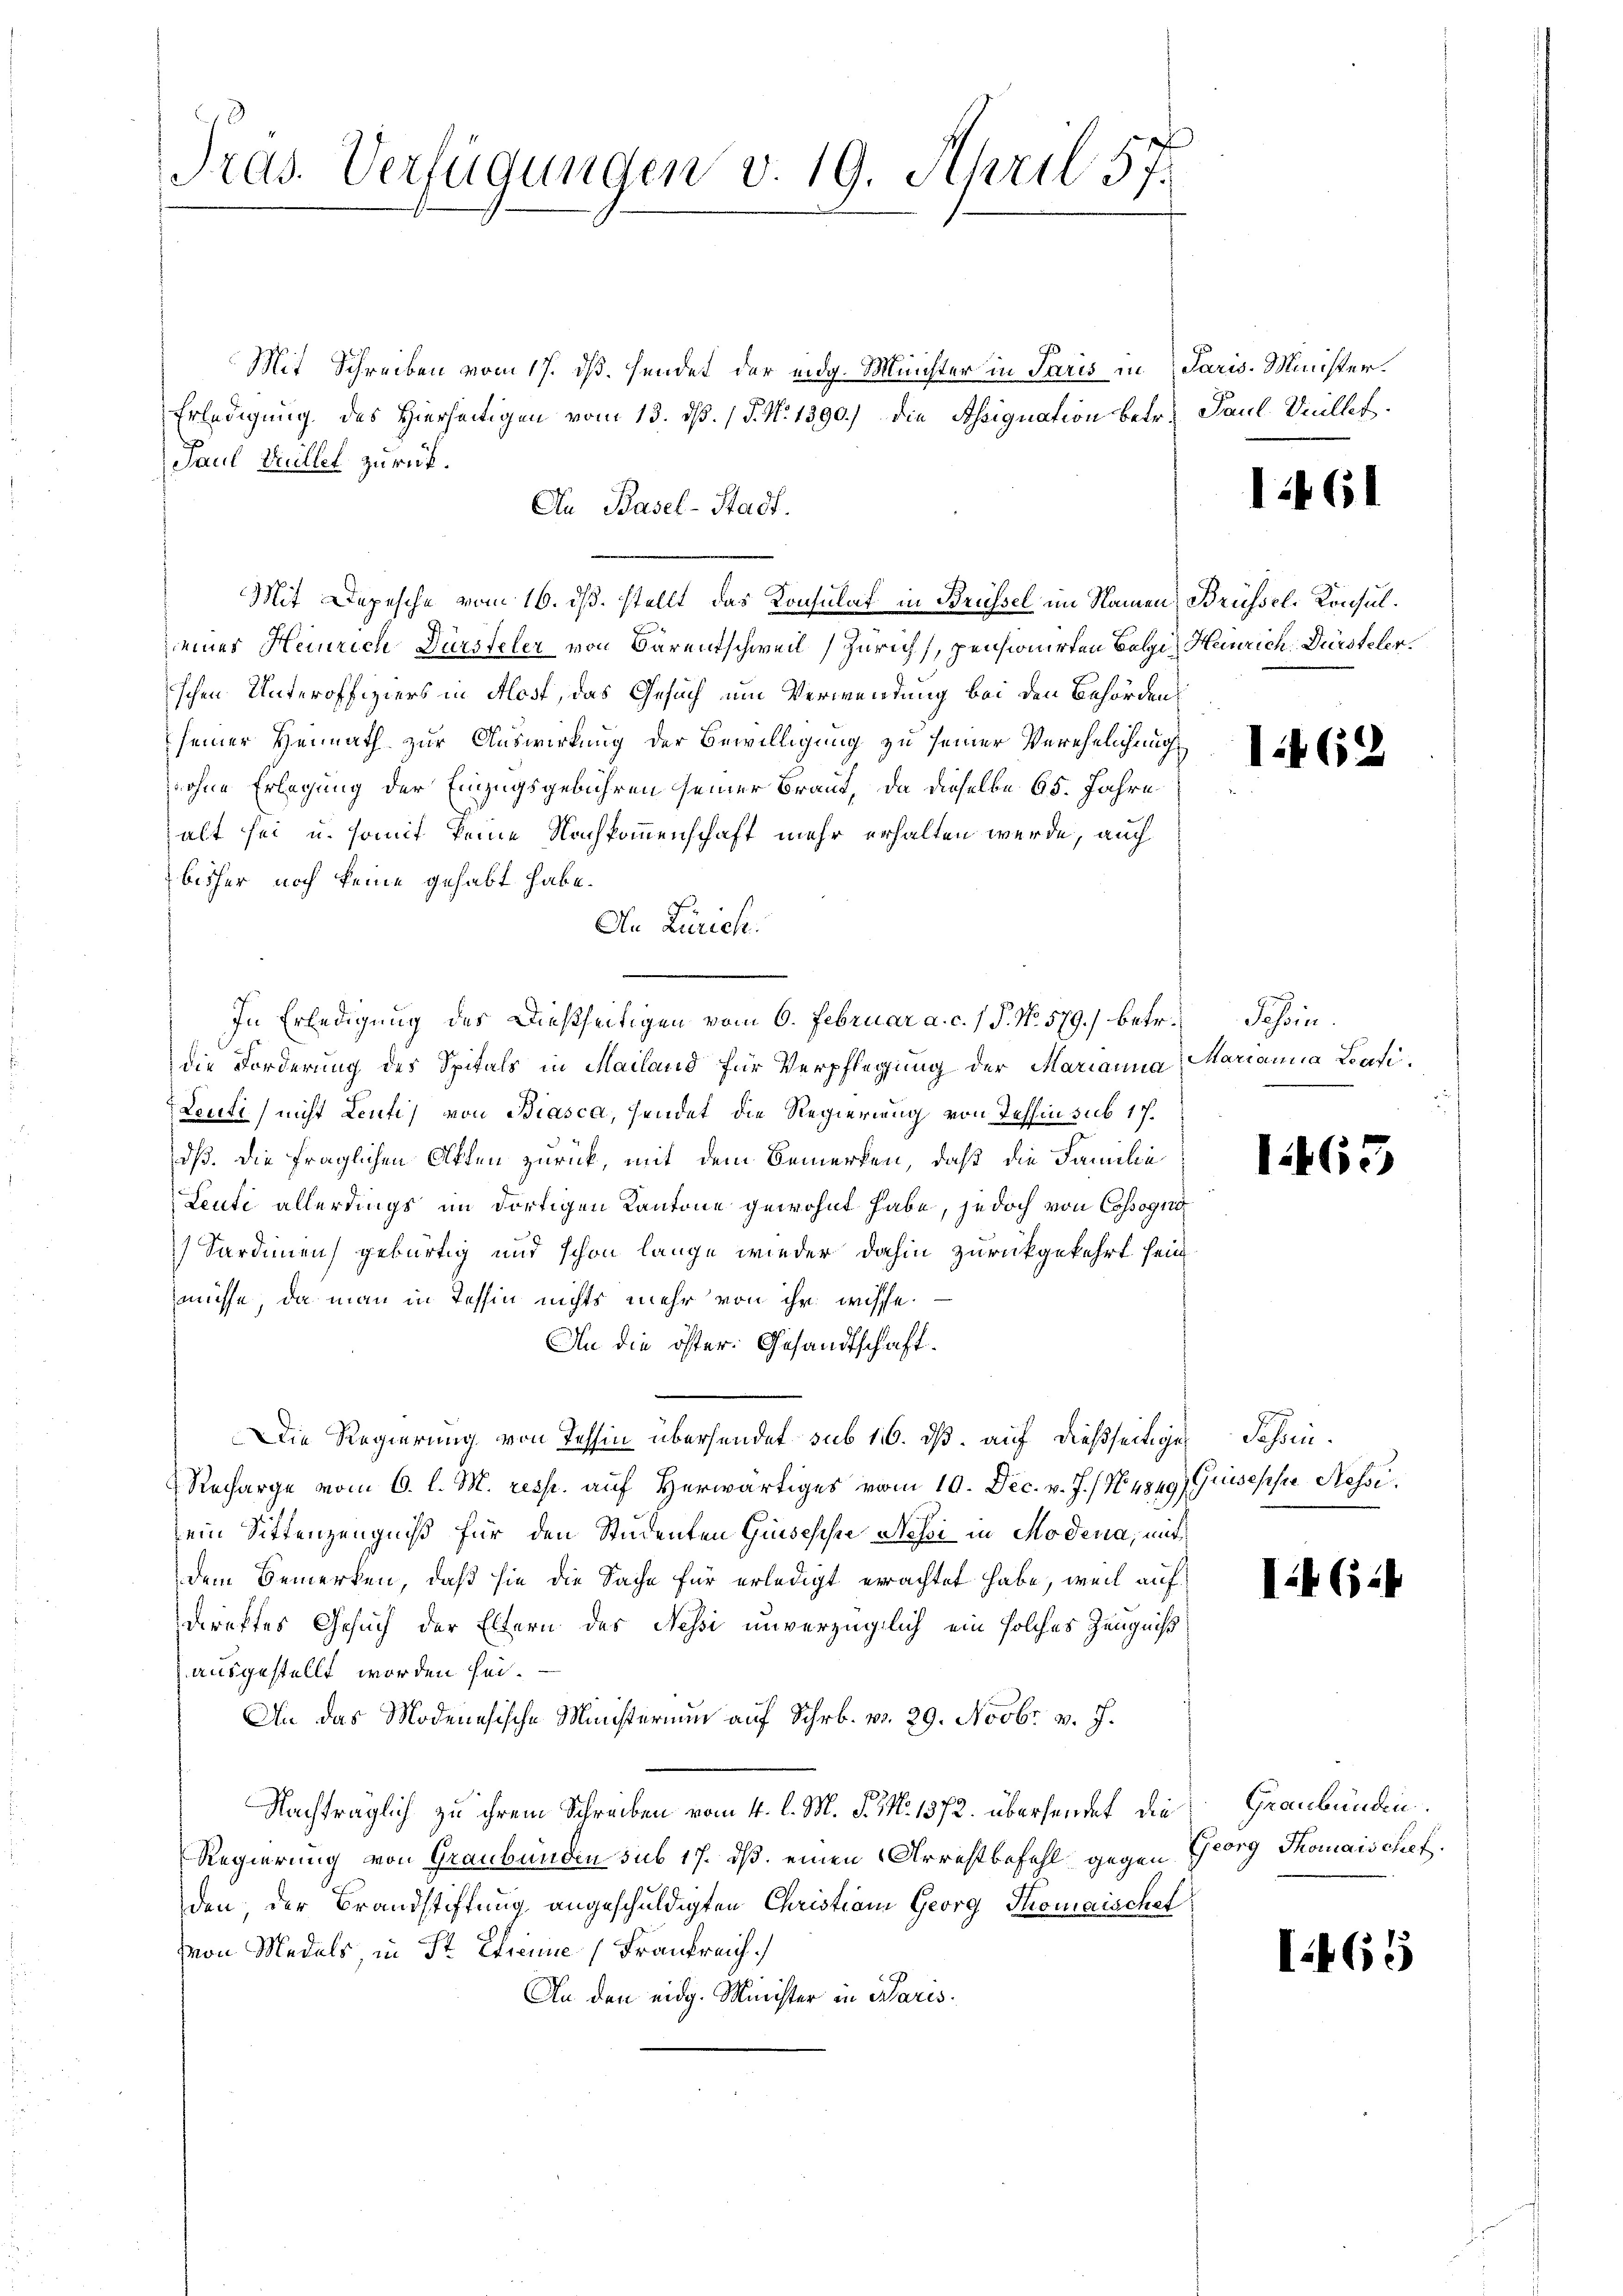
Tras. Verfügungen v. 19. April 57.

Mit Schreiben vom 17. ds. sendet der eidg. Münchter in Paris in Paris. Minister¬
Erledigung des Hierseitigen vom 13. dß. / P. N. 1390.) Die Assignation betr. Paul Vuillet.
Paul Müller zurück.
An Basel-Stadt.
Mit Depesche vom 16. ds. stellt das Konsulat in Brüssel im Namen Brüssel, Konsuleines Heinrich Dürsteler von Bärentschweil Zürich, pensionirten Bolgi, Heinrich. Dürsteler.
schen Unteroffiziers in Aost, das Gesuch um Verwendung bei den Behördens
seiner Heimath zur Auswirkung der Bewilligung zu seiner Verehelichung
wohne Erlegung der Einzugsgebühren seiner Braut, da dieselbe 65. Jahre
alt sei u. somit keine Nachkommenschaft mehr erhalten werde, auch
bisher noch keine gehabt habe.
An Zürich.
In Erledigung des Dießseitigen vom 6. Februar a. c. 1 P. No. 579.) betr. Tessin.
die Forderung des Spitals in Mailand für Verpflegung der Marianna Marianna Lati.
Lenti nicht Lenti, von Biasca, sendet die Regierung von Tessin sub 17.
dß. Die fraglichen Akten zurück, mit dem Bemerken, daß die Familie
Leute allerdings im dortigen Kantone gewohnt habe, jedoch von Cossogni
Sardinien) gebürtig und schon lange wieder dahin zurückgekehrt sein
müsse, da man in Tessin nichts mehr von ihr wisse.
An die öster: Gesandtschaft.
Die Regierung von Tessin übersendet sub 116. dß. auf dießseitige Schein¬
Recharge vom 6. l. M. resp. auf Herwärtiges vom 10. Dec. v. J. / No 4849) Guisepsie Messi.
ein Sittenzeugniß für den Studenten Guisesche Sessi in Modena, mit
dem Bemerken, daß sie die Sache für erledigt erachtet habe, weil aufdirektes Gesuch der Eltern des Nessi unverzüglich ein solches Zeugniß
ausgestellt worden sei.
An das Modenesische Ministerium auf Schr. v. 29. Novbr. v. J.
Nachträglich zu ihrem Schreiben vom 4. l. M. P. M. 1572. übersendet die Graubünden¬
Regierung von Graubünden sub 17. ds. einen Arrestbefehl gegen Georg Thomaischef.
den, der Brandstiftung angeschuldigten Christian Georg Thomaischet
von Medels, in St. Erinne (Frankreich.
An den eidg. Minister in Wares

it 61

if 62

1463

it (124

I.465